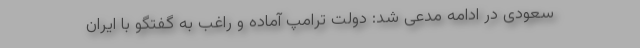
سعودی در ادامه مدعی شد: دولت ترامپ آماده و راغب به گفتگو با ایران